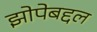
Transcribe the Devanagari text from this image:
झोपेबद्दल